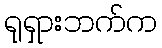
ရုရှားဘက်က